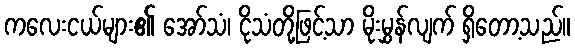
ကလေးငယ်များ၏ အော်သံ၊ ငိုသံတို့ဖြင့်သာ မိုးမွှန်လျက် ရှိတော့သည်။